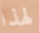
لهذا